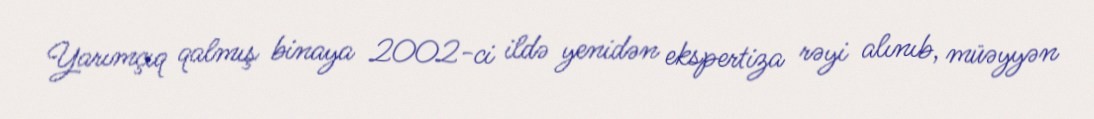
Yarımçıq qalmış binaya 2002-ci ildə yenidən ekspertiza rəyi alınıb, müəyyən